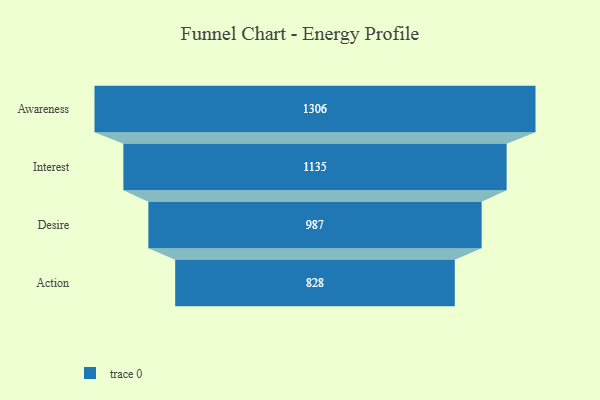
{"axis": {"x": "Stage", "y": "Value"}, "legend": [""], "data": [{"x": "Awareness", "y": 1306.0, "type": ""}, {"x": "Interest", "y": 1135.0, "type": ""}, {"x": "Desire", "y": 987.0, "type": ""}, {"x": "Action", "y": 828.0, "type": ""}]}